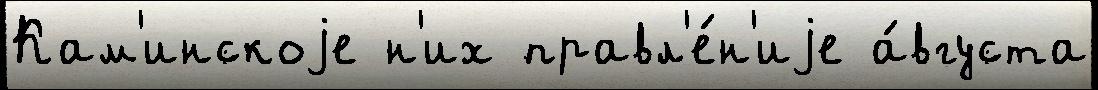
Кам'инскоjе н'их правл'е́н'иjе а́вгуста